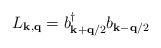
LaTeX: \begin{align*}L_{ {\bf{k}}, {\bf{q}} } =b^{\dagger}_{ {\bf{k}}+{\bf{q}}/2 }b_{ {\bf{k}}-{\bf{q}}/2 }\end{align*}